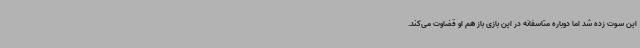
این سوت زده شد اما دوباره متاسفانه در این بازی باز هم او قضاوت می‌کند.